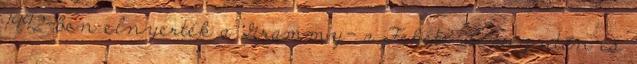
1992-ben elnyerték a Grammy- a Fekete Lemez után és